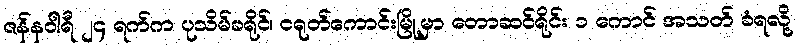
ဇန်နဝါရီ ၂၄ ရက်က ပုသိမ်ခရိုင်၊ ငရုတ်ကောင်းမြို့မှာ တောဆင်ရိုင်း ၁ ကောင် အသတ် ခံရလို့